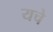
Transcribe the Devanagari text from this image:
यचे